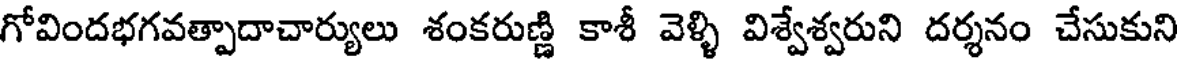
గోవిందభగవత్పాదాచార్యులు శంకరుణ్ణి కాశీ వెళ్ళి విశ్వేశ్వరుని దర్శనం చేసుకుని